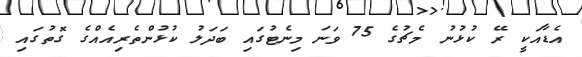
އެޑާއަކީ ރޭ ކުޅުނު މެޗުގެ 75 ވަނަ މިނެޓުގައި ބަދަލު ކުޅުންތެރިއެއްގެ ގޮތުގައި